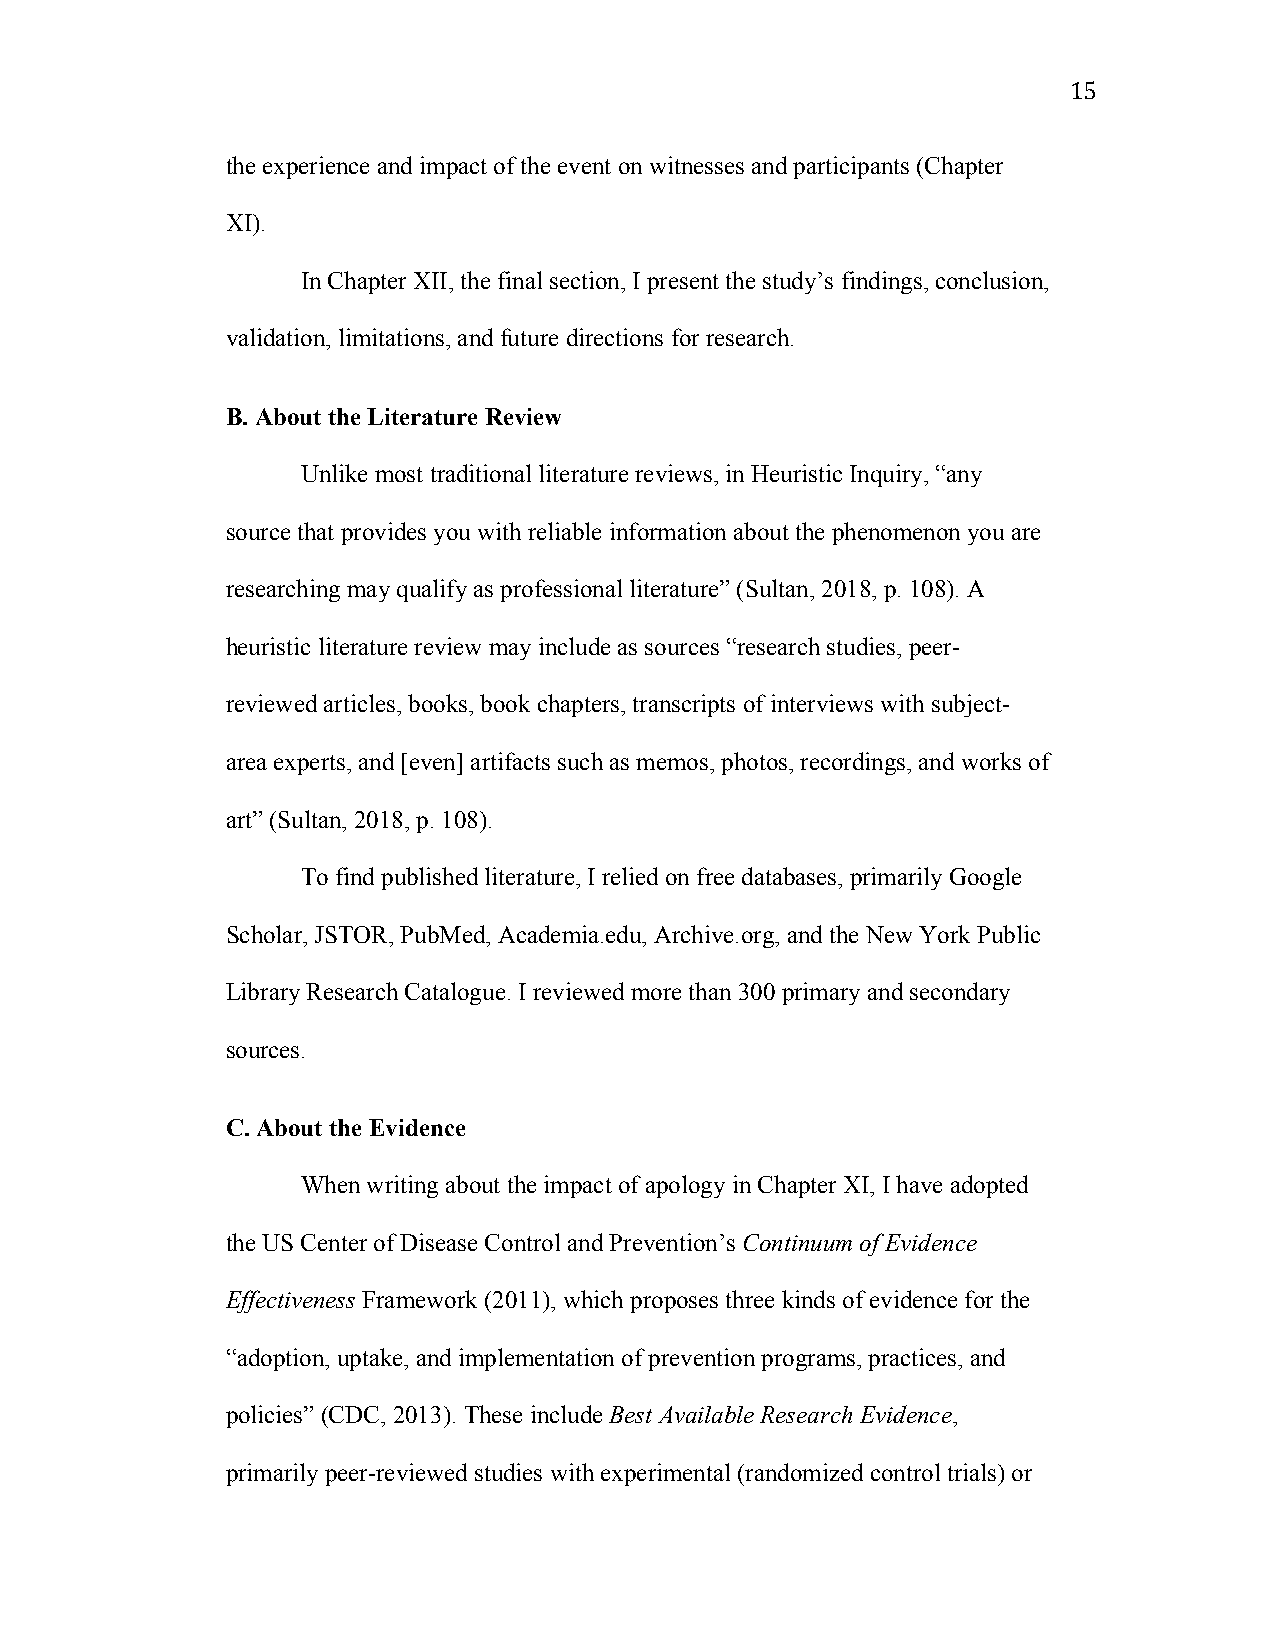
15
 the experience and impact of the event on witnesses and participants (Chapter
 XI).
 In Chapter XII, the final section, I present the study’s findings, conclusion,
 validation, limitations, and future directions for research.
 B. About the Literature Review
 Unlike most traditional literature reviews, in Heuristic Inquiry, “any
 source that provides you with reliable information about the phenomenon you are
 researching may qualify as professional literature” (Sultan, 2018, p. 108). A
 heuristic literature review may include as sources “research studies, peer-
 reviewed articles, books, book chapters, transcripts of interviews with subject-
 area experts, and [even] artifacts such as memos, photos, recordings, and works of
 art” (Sultan, 2018, p. 108).
 To find published literature, I relied on free databases, primarily Google
 Scholar, JSTOR, PubMed, Academia.edu, Archive.org, and the New York Public
 Library Research Catalogue. I reviewed more than 300 primary and secondary
 sources.
 C. About the Evidence
 When writing about the impact of apology in Chapter XI, I have adopted
 the US Center of Disease Control and Prevention’s Continuum of Evidence
 Effectiveness Framework (2011), which proposes three kinds of evidence for the
 “adoption, uptake, and implementation of prevention programs, practices, and
 policies” (CDC, 2013). These include Best Available Research Evidence,
 primarily peer-reviewed studies with experimental (randomized control trials) or